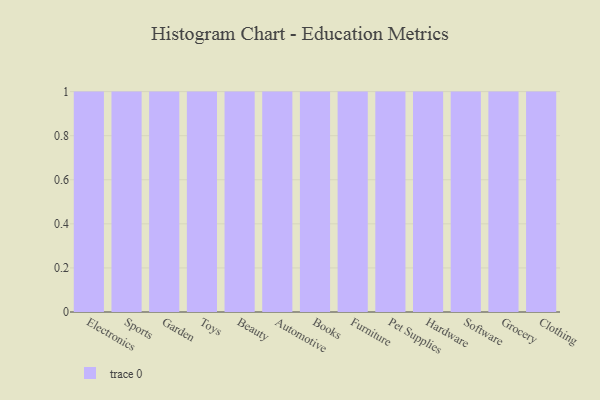
{"axis": {"x": "Category", "y": "Website Visitors"}, "legend": [""], "data": [{"x": "Electronics", "y": 29, "type": ""}, {"x": "Sports", "y": 35, "type": ""}, {"x": "Garden", "y": 18, "type": ""}, {"x": "Toys", "y": 18, "type": ""}, {"x": "Beauty", "y": 87, "type": ""}, {"x": "Automotive", "y": 19, "type": ""}, {"x": "Books", "y": 29, "type": ""}, {"x": "Furniture", "y": 90, "type": ""}, {"x": "Pet Supplies", "y": 37, "type": ""}, {"x": "Hardware", "y": 57, "type": ""}, {"x": "Software", "y": 11, "type": ""}, {"x": "Grocery", "y": 83, "type": ""}, {"x": "Clothing", "y": 56, "type": ""}]}